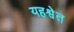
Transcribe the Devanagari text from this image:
यहश्वेत